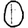
Digit: 0